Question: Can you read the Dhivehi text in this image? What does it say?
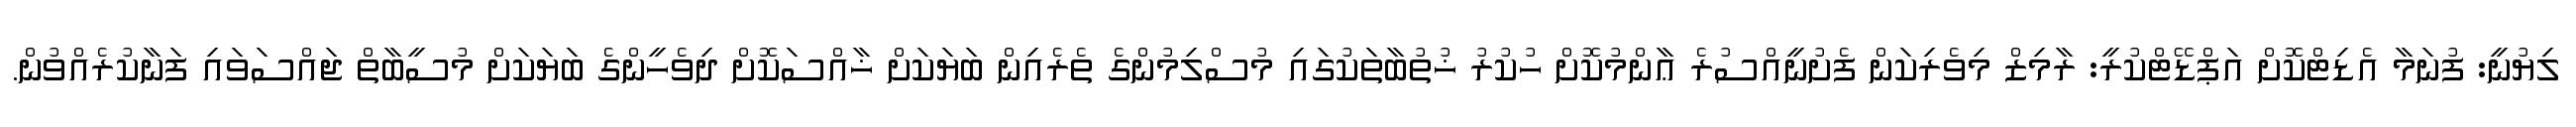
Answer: ލިޔުނީ: ފުނަމާ އެޑިޓްކޮށް އަޕްޑޭޓްކުރީ: ރާމިޒް މިވެރިކަން ފެށުނީއްސުރެ ޢާންމުކޮށް ހުކުރު ޚުތުބާތަކުގައި މުސްލިމުންގެ ތެރެއިން ބަޔަކަށް ޚާއްސަކޮށް ދިވެހީންގެ ބަޔަކަށް މުސީބާތް ޖައްސަވައި ފަނާކުރެއްވުން.